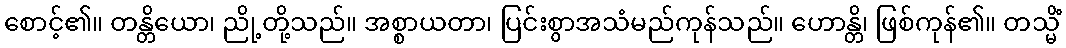
စောင့်၏။ တန္တိယော၊ ညို့တို့သည်။ အစ္စာယတာ၊ ပြင်းစွာအသံမည်ကုန်သည်။ ဟောန္တိ၊ ဖြစ်ကုန်၏။ တသ္မိံ